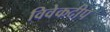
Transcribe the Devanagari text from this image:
विवेकदीप